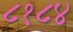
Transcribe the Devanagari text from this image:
८१८४